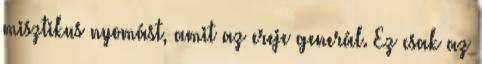
misztikus nyomást, amit az ereje generál. Ez csak az